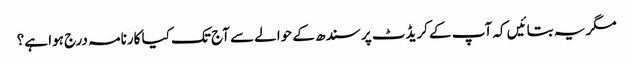
مگر یہ بتائیں کہ آپ کے کریڈٹ پر سندھ کے حوالے سے آج تک کیا کارنامہ درج ہوا ہے؟